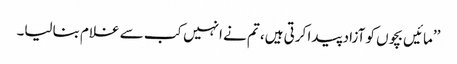
’’مائیں بچوں کو آزاد پیدا کرتی ہیں، تم نے انہیں کب سے غلام بنالیا۔